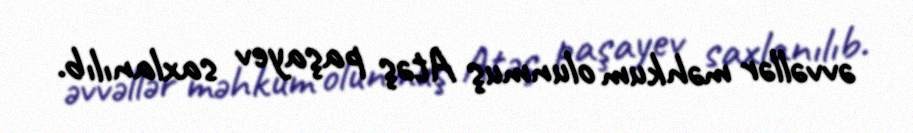
əvvəllər məhkum olunmuş Atəş paşayev saxlanılıb.